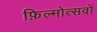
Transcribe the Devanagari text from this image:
फ़िल्मोत्सवों